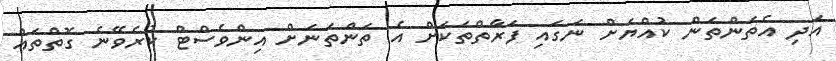
އަދި އެތަންތަން ކުއްޔަށް ނަގައި ފަރާތްތަކަށް އެ ތަންތަނަށް އިންވެސްޓް ކުރެވޭނެ ގޮތްތައް